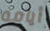
أيامه